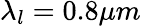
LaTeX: \lambda_{l}=0.8\mu m